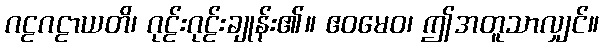
ဂဠဂဠာယတိ၊ ဂုဠ်းဂုဠ်းချုန်း၏။ ဧဝမေဝ၊ ဤအတူသာလျှင်။